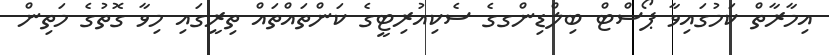
އިމާރާތް ކަމުގައިވާ ޕޯސްޓް ބިލްޑިންގގެ ސެކިއުރިޓީގެ ކަންތައްތައް ތިރީގައި މިވާ ގޮތުގެ މަތިން